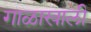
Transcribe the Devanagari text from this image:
गाळाखाली